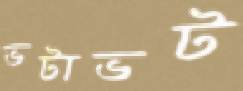
ভটাভট